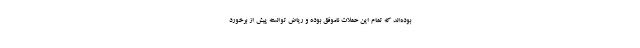
بوده‌اند که تمام این حملات ناموفق بوده و ریاض توانسته پیش از برخورد